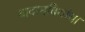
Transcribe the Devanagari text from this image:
बादामबियांचा